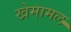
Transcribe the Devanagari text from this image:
खेमामल